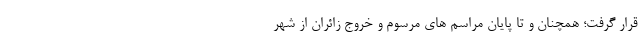
قرار گرفت؛ همچنان و تا پایان مراسم های مرسوم و خروج زائران از شهر